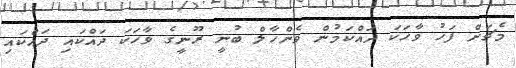
މެޗަށް ފަހު ވާހަކަ ދައްކަމުން ވެންހާލް ބުނީ ރޫނީގެ ވާހަކަ ދައްކައި ދައްކައި